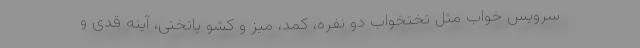
سرویس خواب مثل تختخواب دو نفره، کمد، میز و کشو پاتختی، آینه قدی و